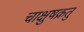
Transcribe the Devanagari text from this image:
चाक्षुषक्रतु